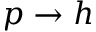
p \rightarrow h